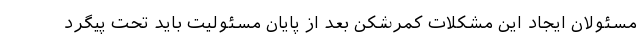
مسئولان ایجاد این مشکلات کمرشکن بعد از پایان مسئولیت باید تحت پیگرد